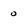
Character: 0